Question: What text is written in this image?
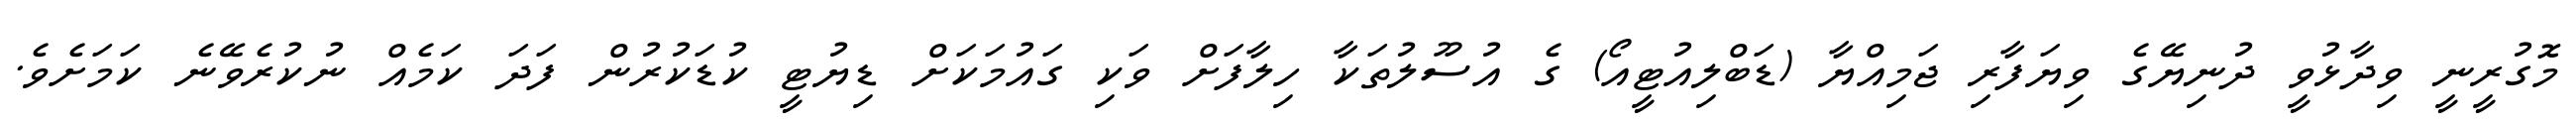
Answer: މޮގުރީނީ ވިދާޅުވީ ދުނިޔޭގެ ވިޔަފާރި ޖަމިއްޔާ (ޑަބްލިއުޓީއޯ) ގެ އުސޫލުތަކާ ހިލާފަށް ވަކި ގައުމަކަށް ޑިޔުޓީ ކުޑަކުރުން ފަދަ ކަމެއް ނުކުރެވޭނެ ކަމަށެވެ.